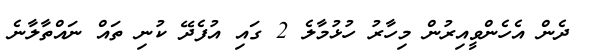
ދެން އެހެންވީއިރުން މިހާރު ހުޅުމާލެ 2 ގައި އުފެދޭ ކުނި ތައް ނައްތާލާނެ